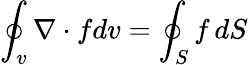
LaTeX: \oint_{v}\nabla\cdot fdv=\oint_{S}f\, dS